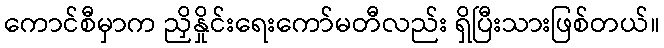
ကောင်စီမှာက ညှိနှိုင်းရေးကော်မတီလည်း ရှိပြီးသားဖြစ်တယ်။